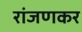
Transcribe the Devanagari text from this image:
रांजणकर